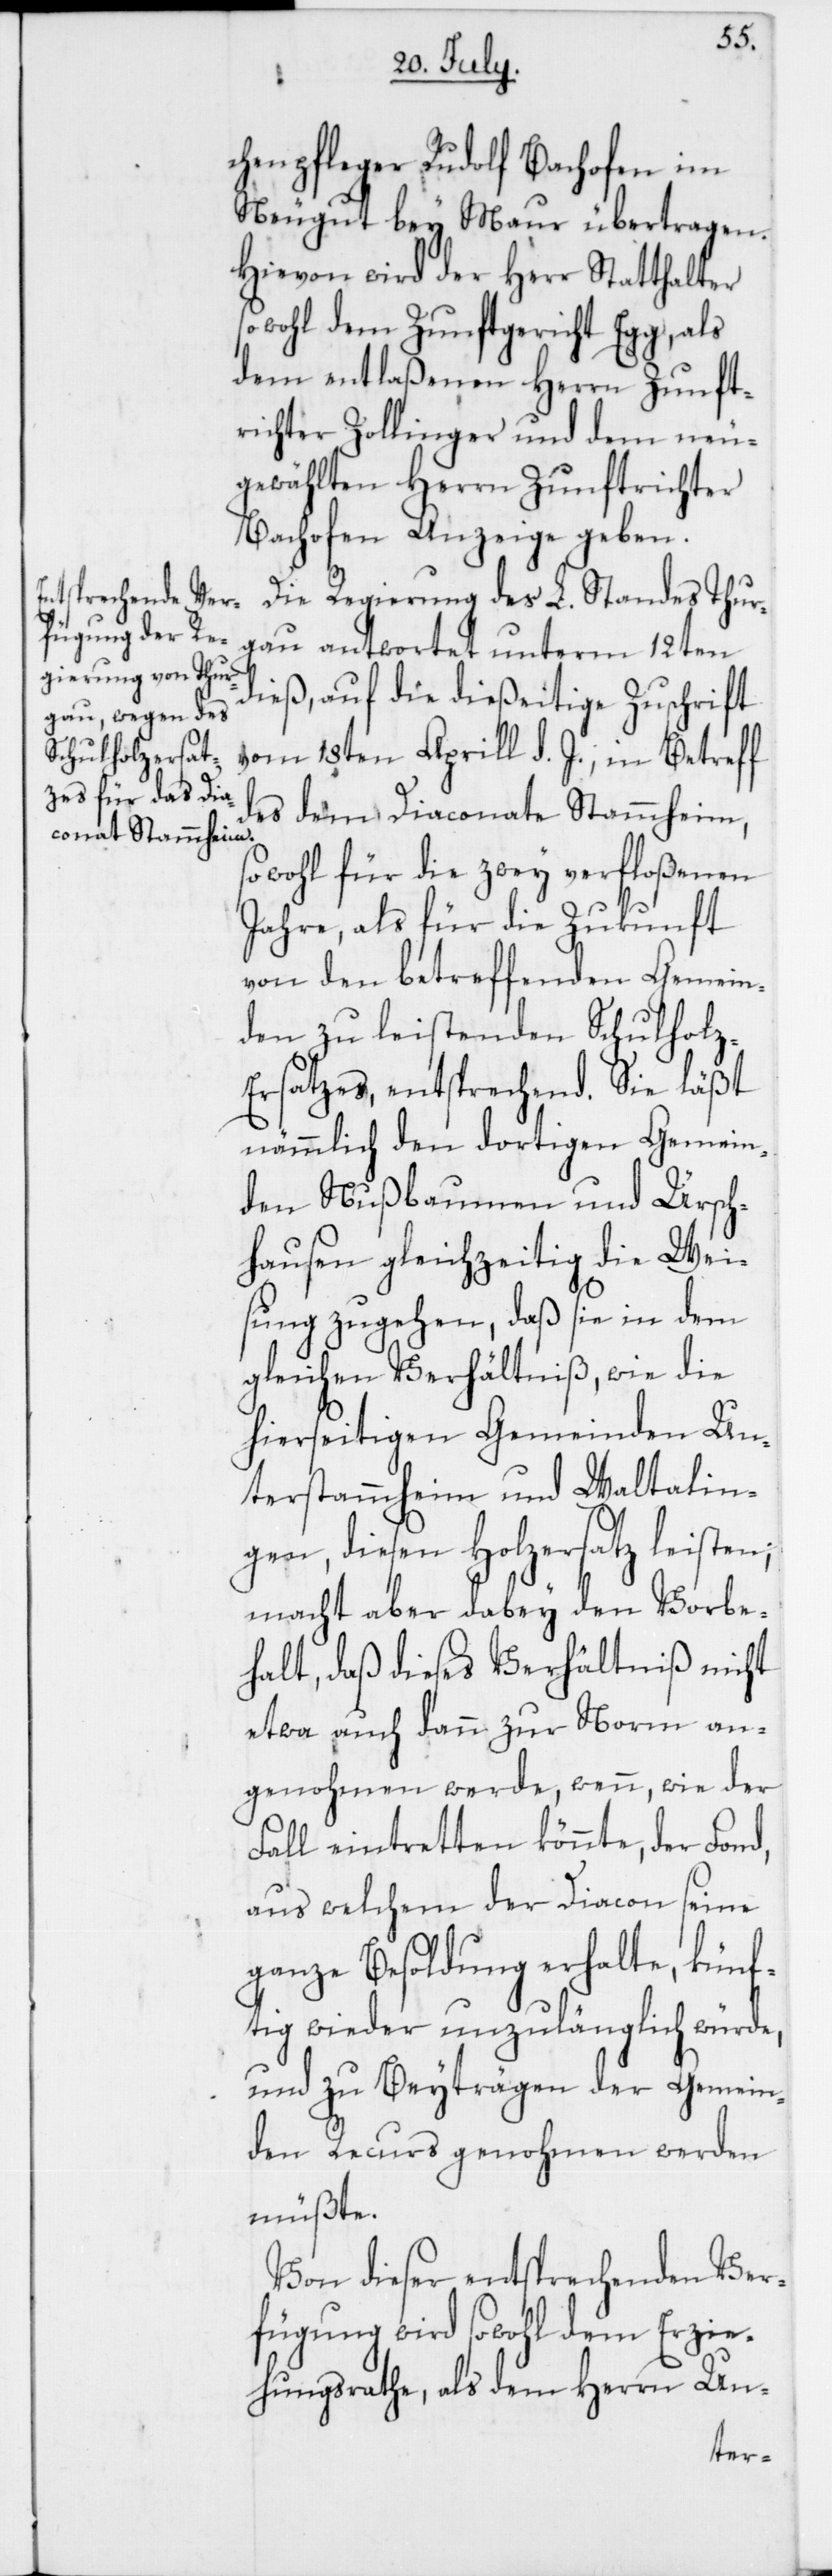
chenpfleger Rudolf Bachofen im
Neugut bey Maur übertragen.
Hievon wird der Herr Statthalter
sowohl dem Zunftgericht Egg, als
dem entlaßenen Herrn Zunft¬
richter Zollinger und dem neu¬
gewählten Herrn Zunftrichter
Bachofen Anzeige geben.
Die Regierung des L. Standes Thur¬
gau antwortet unterm 12ten
dieß, auf die dießeitige Zuschrift
vom 18ten Aprill d. J., in Betreff
des dem Diaconate Stammheim,
sowohl für die zwey verfloßenen
Jahre, als für die Zukunft
von den betreffenden Gemein¬
den zu leistenden Schulholz-E¬
rsatzes, entsprechend. Sie läßt
nämmlich den dortigen Gemein¬
den Nußbaumen und Ürsch¬
hausen gleichzeitig die Weis¬
ung zugehen, daß sie in dem
gleichen Verhältniß wie die
hierseitigen Gemeinden Un¬
terstammheim und Waltalin¬
gen, diesen Holzersatz leisten;
macht aber dabey den Vorbe¬
halt, daß dieses Verhältniß nicht
etwa auch dann zur Norm an¬
genohmen werde, wenn, wie der
Fall eintretten könnte, der Fond,
aus welchem der Diacon seine
ganze Besoldung erhalte, künf¬
tig wieder unzulänglich würde,
und zu Beyträgen der Gemein¬
den Recurs genohmen werden
müßte.
Von dieser entsprechenden Ver¬
fügung wird sowohl dem Erzie¬
hungsrathe, als dem Herrn Un-